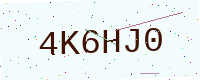
Text: 4K6HJ0